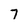
Character: 7